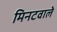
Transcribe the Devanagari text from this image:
मिनटवाले